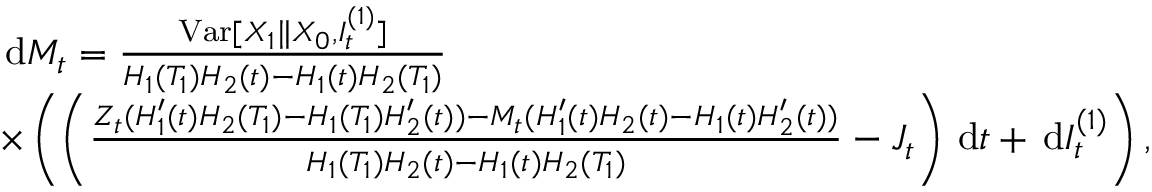
\begin{array} { r l } & { \, \mathrm { d } M _ { t } = \frac { \mathrm { V a r } [ X _ { 1 } \| X _ { 0 } , I _ { t } ^ { ( 1 ) } ] } { H _ { 1 } ( T _ { 1 } ) H _ { 2 } ( t ) - H _ { 1 } ( t ) H _ { 2 } ( T _ { 1 } ) } } \\ & { \times \left( \left( \frac { Z _ { t } ( H _ { 1 } ^ { \prime } ( t ) H _ { 2 } ( T _ { 1 } ) - H _ { 1 } ( T _ { 1 } ) H _ { 2 } ^ { \prime } ( t ) ) - M _ { t } ( H _ { 1 } ^ { \prime } ( t ) H _ { 2 } ( t ) - H _ { 1 } ( t ) H _ { 2 } ^ { \prime } ( t ) ) } { H _ { 1 } ( T _ { 1 } ) H _ { 2 } ( t ) - H _ { 1 } ( t ) H _ { 2 } ( T _ { 1 } ) } - J _ { t } \right) \, \mathrm { d } t + \, \mathrm { d } I _ { t } ^ { ( 1 ) } \right) , } \end{array}